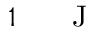
1 \ensuremath { \mathrm { ~ \textrm ~ { ~ \, ~ } ~ } } \ensuremath { \mathrm { J } }